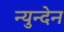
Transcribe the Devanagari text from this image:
न्युन्देन